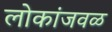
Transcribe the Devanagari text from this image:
लोकांजवळ